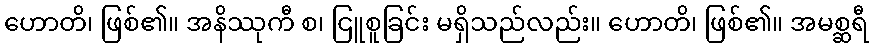
ဟောတိ၊ ဖြစ်၏။ အနိဿုကီ စ၊ ငြူစူခြင်း မရှိသည်လည်း။ ဟောတိ၊ ဖြစ်၏။ အမစ္ဆရီ